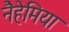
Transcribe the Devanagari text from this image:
नैहेमिया